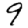
Digit: 9